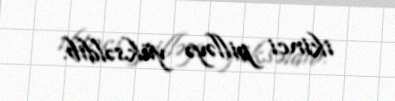
ikinci pilləyə yüksəldib.